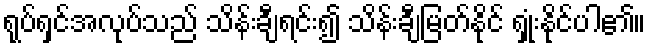
ရုပ်ရှင်အလုပ်သည် သိန်းချီရင်း၍ သိန်းချီမြတ်နိုင် ရှုံးနိုင်ပါ၏။